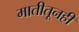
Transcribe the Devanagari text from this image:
मातीतूनही